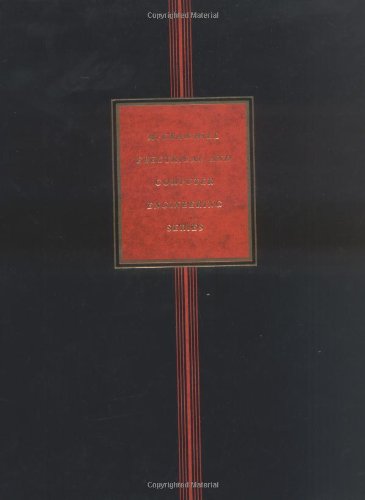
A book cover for Introduction To Fourier Optics; Joseph W Goodman; Science & Math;